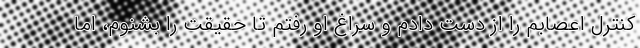
کنترل اعصابم را از دست دادم و سراغ او رفتم تا حقیقت را بشنوم، اما